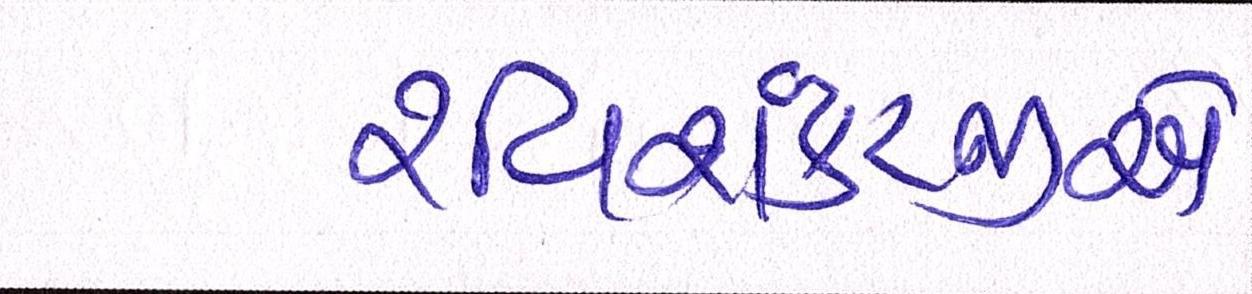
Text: રવિશંકરજીએ